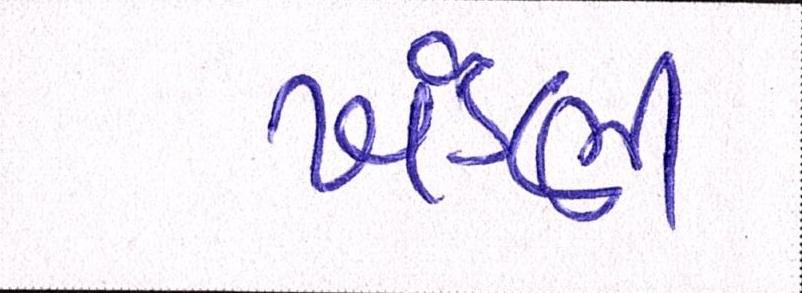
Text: ખંડણી